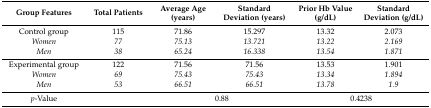
<table><thead><tr><td><b>Group Features</b></td><td><b>Total Patients</b></td><td><b>Average Age (years)</b></td><td><b>Standard Deviation (years)</b></td><td><b>Prior Hb Value (g/dL)</b></td><td><b>Standard Deviation (g/dL)</b></td></tr></thead><tbody><tr><td>Control group</td><td>115</td><td>71.86</td><td>15.297</td><td>13.32</td><td>2.073</td></tr><tr><td><i>Women</i></td><td><i>77</i></td><td><i>75.13</i></td><td><i>13.721</i></td><td><i>13.22</i></td><td><i>2.169</i></td></tr><tr><td><i>Men</i></td><td><i>38</i></td><td><i>65.24</i></td><td><i>16.338</i></td><td><i>13.54</i></td><td><i>1.871</i></td></tr><tr><td>Experimental group </td><td>122</td><td>71.56</td><td>71.56</td><td>13.53</td><td>1.901</td></tr><tr><td><i>Women</i></td><td><i>69</i></td><td><i>75.43</i></td><td><i>75.43</i></td><td><i>13.34</i></td><td><i>1.894</i></td></tr><tr><td><i>Men</i></td><td><i>53</i></td><td><i>66.51</i></td><td><i>66.51</i></td><td><i>13.78</i></td><td><i>1.9</i></td></tr><tr><td><i>p</i>-Value</td><td></td><td colspan="2">0.88</td><td colspan="2">0.4238</td></tr></tbody></table>